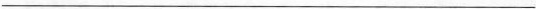
___